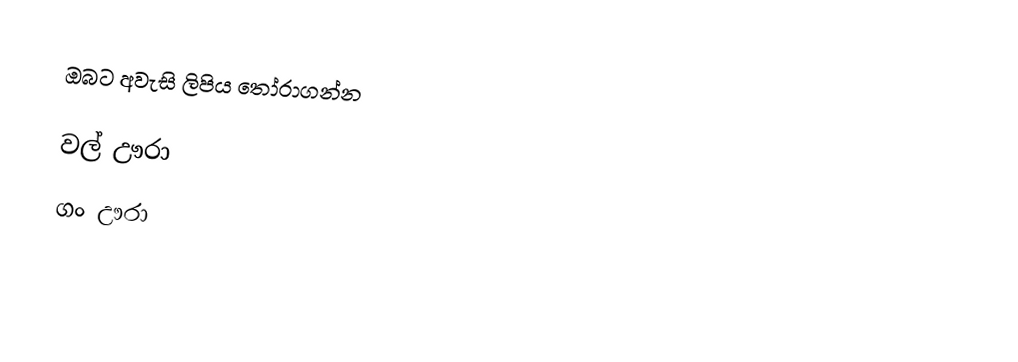
ඔබට අවැසි ලිපිය තෝරාගන්න

 වල් ඌරා
 ගං ඌරා